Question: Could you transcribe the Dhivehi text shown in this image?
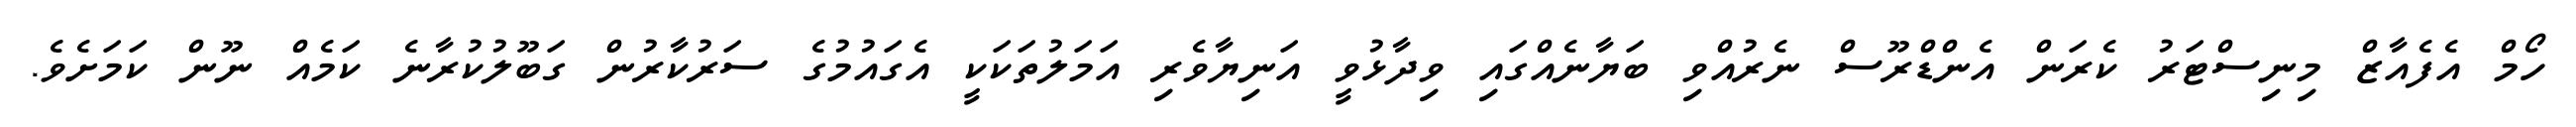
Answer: ހޯމް އެފެއާޒް މިނިސްޓަރު ކެރަން އެންޑްރޫސް ނެރުއްވި ބަޔާނެއްގައި ވިދާޅުވީ އަނިޔާވެރި އަމަލުތަކަކީ އެގައުމުގެ ސަރުކާރުން ގަބޫލުކުރާނެ ކަމެއް ނޫން ކަމަށެވެ.